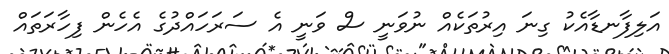
އަލިފާނޑާއެކު ގިނަ އިރުތަކެއް ނުވަނީ ސް ވަނީ އެ ސަރަހައްދުގެ އެހެން ފިހާރަތައް